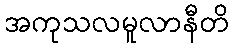
အကုသလမူလာနီတိ